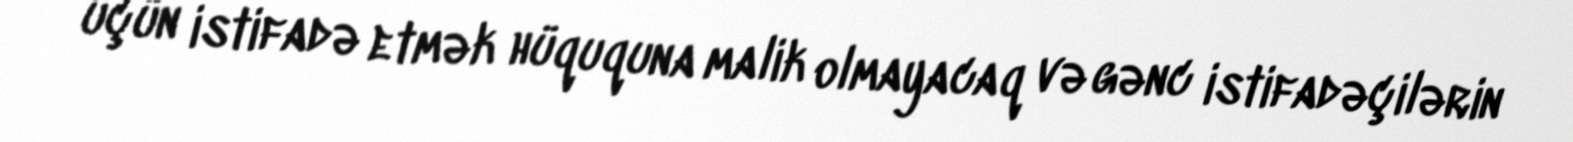
üçün istifadə etmək hüququna malik olmayacaq və gənc istifadəçilərin